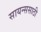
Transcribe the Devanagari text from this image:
सायन्ससाठी